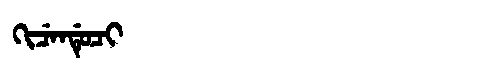
Manchu: ᡴᡳᠴᡝᠨᡩᡠᠴᡳ
Romanization: KICENDUCI